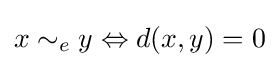
x\sim _{e}y\Leftrightarrow d(x,y)=0